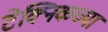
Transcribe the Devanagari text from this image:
टेक्निकच्या